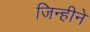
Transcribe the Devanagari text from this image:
जिन्हीने